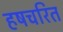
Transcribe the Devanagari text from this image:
हषचरित